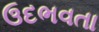
ઉદભવતા